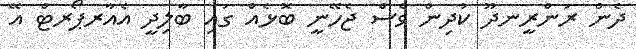
ދެން ރަންރީނދޫ ކުދިން ވެސް ޖެހޭނީ ބޮޅެއް ގައި ބާލިދީ އެއާރޕޯރޓް އޭ